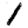
Digit: 1